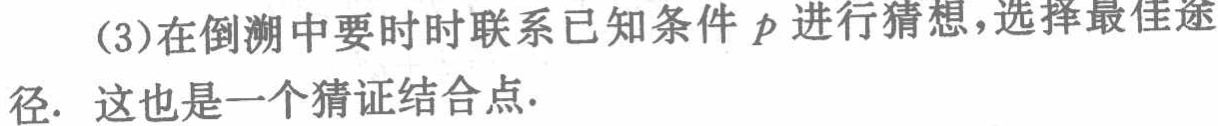
(3)在倒溯中要时时联系已知条件$p$进行猜想，选择最佳途

径. 这也是一个猜证结合点.